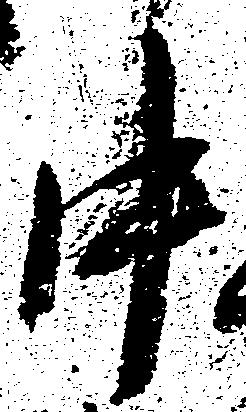
中